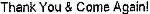
THANK YOU & COME AGAIN!